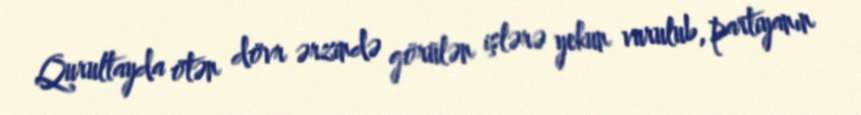
Qurultayda ötən dövr ərzində görülən işlərə yekun vurulub, partiyanın